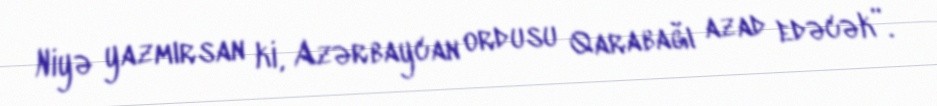
Niyə yazmırsan ki, Azərbaycan ordusu Qarabağı azad edəcək”.